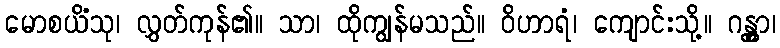
မောစယိံသု၊ လွှတ်ကုန်၏။ သာ၊ ထိုကျွန်မသည်။ ဝိဟာရံ၊ ကျောင်းသို့။ ဂန္တွာ၊